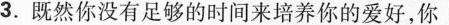
3.既然你没有足够的时间来培养你的爱好，你